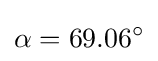
\alpha =69.06^{\circ }